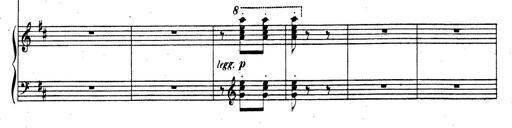
Title: Rhapsodie espagnole
Composer: Franz Liszt